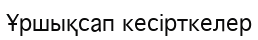
Ұршықсап кесірткелер